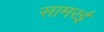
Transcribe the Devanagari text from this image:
सामरई